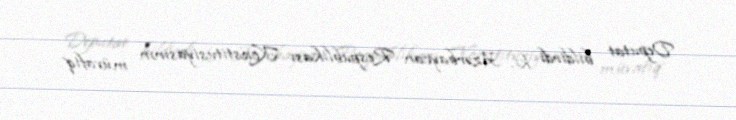
Deputat bildirdi ki, Azərbaycan Respublikası Konstitusiyasının müvafiq